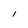
Character: l